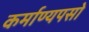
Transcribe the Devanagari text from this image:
कर्माण्यपसो